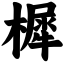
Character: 樨